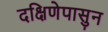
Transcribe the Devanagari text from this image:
दक्षिणेपासुन